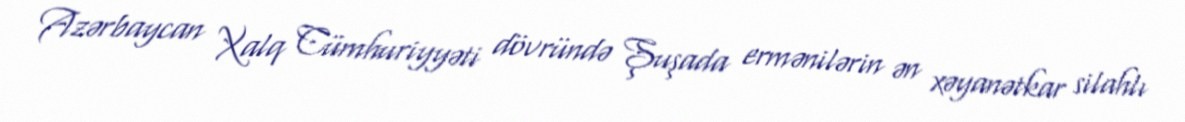
Azərbaycan Xalq Cümhuriyyəti dövründə Şuşada ermənilərin ən xəyanətkar silahlı